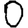
Digit: 0